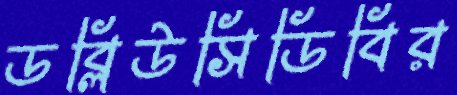
ডব্লিউসিডিবির